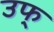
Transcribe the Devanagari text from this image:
उफ्‌